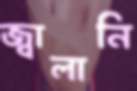
জ্বালানি